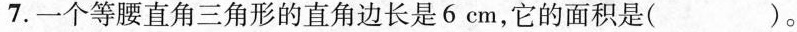
7.一个等腰直角三角形的直角边长是6cm，它的面积是()。